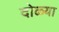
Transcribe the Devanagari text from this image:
दोळ्या